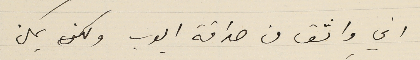
اني واثق من صداقة ايوب ولكن يمكن